Vaccination in Burma 1889-1999 - 1889-1999
Year: 1889
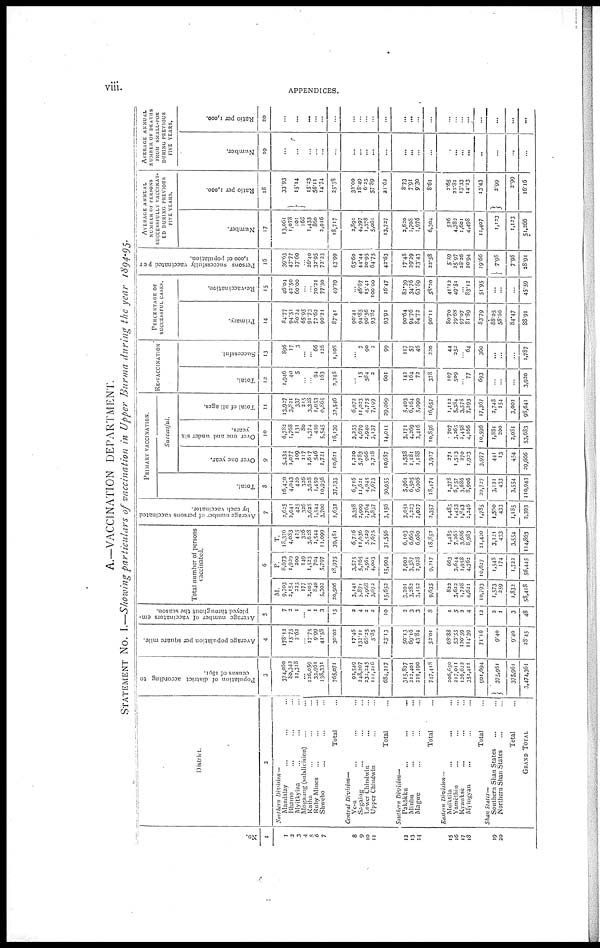
viii.
APPENDICES.
A.—VACCINATION DEPARTMENT.
STATEMENT NO. I.—Showing particulars of vaccination in Upper Burma during the year 1894-95.
No.
1
1
2
3
4
5
6
7
8
9
10
11
12
13
14
15
16
17
18
19
20
District.
2
Northern Division —
Mandalay ... ... ...
Bhamo ... ... ...
Myitkyina ... ... ...
Mogaung (subdivision) ... ...
Katha ... ... ...
Ruby Mines ... ... ...
Shwebo ... ... ...
Total ...
Central Division—
Ye-u ... ... ...
Sagaing ... ... ...
Lower Chindwin ... ...
Upper Chindwin ... ...
Total ...
Southern Division—
Pakôkku ... ... ...
Minbu ... ... ...
Magwe ... ... ...
Total ...
Eastern Division—
Meiktila
...
...
...
Yamèthin ... ... ...
Kyauksè ... ... ...
Myingyan ... ... ...
Total ...
Shan States—
Southern Shan States ... ...
Northern Shan States ... ...
Total ...
GRAND TOTAL ...
Population of district according to
census of 1891.
3
374,060
80,342
12,318
...
126,059
33,961
138,331
765,071
93,549
248,207
232,245
111,216
684,217
315,827
212,401
219,190
747,418
206,650
217,011
126,622
351,411
901,694
375,961
375,961
3,474,361
Average population per square mile.
4
178.12
15.75
2.62
...
17.75
9.99
41.58
30.02
17.46
132.11
68.25
5.85
23.13
50.13
69.16
43.84
52.01
68.88
53.55
120.59
114.39
71.16
—
9.40
9.40
28.45
Average number of vaccinators em-
ployed throughout the season.
5
7
2
1
...
1
1
3
15
2
4
2
2
10
2
3
3
8
1
5
2
4
12
2
1
3
48
Total number of persons
vaccinated.
6
M.
9,703
2,154
225
177
2,105
840
5,302
20,506
3,141
5,871
2,968
3,672
15,652
3,201
3,282
3,152
9,635
823
3,622
1,728
4,621
10,793
1,573
259
1,832
58,418
F.
8,673
1,929
300
149
1,523
704
5,797
18,975
3,575
5,765
2,561
4,003
15,904
2,902
3,387
2,928
9,217
663
3,644
1,958
4,362
10,627
1,548
174
1,722
56,445
T.
18,376
4,083
425
326
3,628
1,544
11,099
39,481
6,716
11,036
5,529
7,675
31,556
6,103
6,669
6,080
18,852
1,485
7,265
3,686
8,983
31,420
3,121
433
3,554
114,863
Average number of persons vaccinated
by each vaccinator.
7
2,625
2,041
425
326
3,628
1,544
3,700
2,632
3,358
2,909
2,764
3,837
3,156
3,051
2,223
2,027
2,357
1,485
1,453
1,843
2,246
1,785
1,560
433
1,185
2,393
PRIMARY VACCINATION.
Total.
8
16,430
4,043
420
326
3,628
1,450
10,936
37,233
6,716
11,621
4,945
7,673
30,955
5,96l
6,505
6,008
18,474
1,378
6,757
3,686
8,906
20,727
3,121
433
3,554
110,943
Successful.
Over one year.
9
5,434
1,077
109
117
1,617
546
1,721
10,621
1,220
5,783
966
2,718
10,687
1,558
1,181
1,188
3,927
271
1,513
270
1,923
3,977
441
13
454
29,666
Over one and under six
years.
10
6,782
1,768
131
80
1,374
459
5,545
16,139
3,255
4,679
2,940
3,137
14,011
3,171
4,269
3,416
10,856
707
3,265
2,458
4,166
10,596
1,881
200
2,081
53,683
Total of all ages.
11
13,927
3,821
337
215
3,328
1,053
9,865
32,546
6,072
11,023
4,775
7,199
29,069
5,403
6,164
5,090
16,657
1,112
5,384
3,578
7,293
17,367
2,748
254
3,002
98,641
RE-VACCINATION
Total.
12
1,946
40
5
...
...
94
163
3,348
...
15
584
2
601
142
164
72
378
107
509
...
77
693
...
...
...
3,920
Successful.
13
896
17
3
...
...
66
126
1,108
...
7
90
2
99
117
57
46
220
44
252
...
64
360
...
...
...
1,787
PERCENTAGE OF
SUCCESSFUL CASES.
Primary.
14
84.77
94.51
80.24
65.95
91.73
72.62
90.21
87.41
90.41
94.85
96.56
93.82
93.91
90.64
94.76
84.72
90.11
80.70
79.68
97.07
81.89
83.79
88.05
58.66
84.47
88.91
Re-vaccination.
15
46.04
42.50
60.00
...
... 70.21
77.30
49.29
...
46.67
15.41
100.00
16.47
82.39
34.76
63.89
58.20
41.12
49.51
...
83.12
51.95
...
...
...
45.59
Persons successfully vaccinated per
1,000 of population.
16
39.63
47.77
27.60
...
26.40
32.95
72.23
43.99
65.60
44.44
20.95
64.75
42.63
17.48
39.29
23.43
22.58
5.59
25.97
28.26
20.94
19.66
7.98
7.98
28.91
AVERAGE ANNUAL
NUMBER OF PERSONS
SUCCESSFULLY VACCINAT-
ED DURING PREVIOUS
FIVE YEARS.
Number.
17
13,061
1,078
101
168
1,433
860
2,016
18,717
2,891
4,397
1,378
5,061
13,727
2,620
1,708
1,976
6,304
526
4,733
1,601
4,498
11,407
1,123
1,123
51,266
Ratio per 1,000.
18
33.93
15.14
15.23
56.11
14.74
25.38
32.00
18.49
6.25
57.89
21.62
8.73
7.91
9.30
8.61
2.65
22.81
13.33
14.13
13.43
2.99
2.99
16.16
AVERAGE ANNUAL
NUMBER OF DEATHS
FROM SMALL-POX
DURING PREVIOUS
FIVE YEARS.
Number.
19
...
...
...
...
...
...
...
...
...
...
...
...
...
...
...
...
...
...
...
...
...
...
...
Ratio per 1,000.
20
...
...
...
...
...
...
...
...
...
...
...
...
...
...
...
...
...
...
...
...
...
...
...